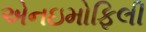
એનઇમોફિલી